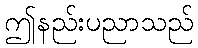
ဤနည်းပညာသည်